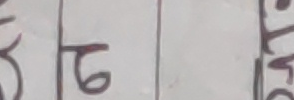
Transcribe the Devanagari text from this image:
६ तारी